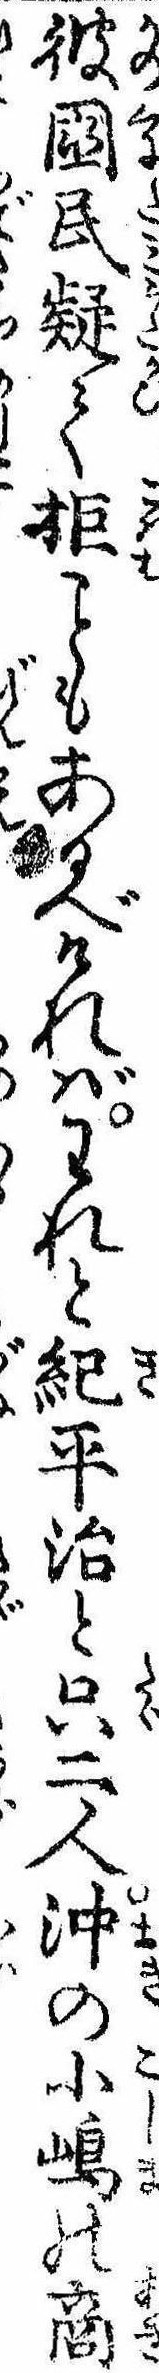
彼国民疑て拒もあるべければわれと紀平治と只二人沖の小島の商